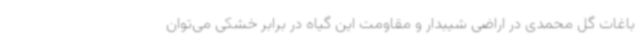
باغات گل محمدی در اراضی شیبدار و مقاومت این گیاه در برابر خشکی می‌توان